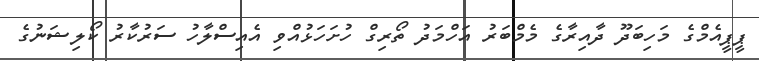
ޕީޕީއެމްގެ މަހިބަދޫ ދާއިރާގެ މެމްބަރު އަހްމަދު ތޯރިގް ހުށަހަޅުއްވި އެއިސްލާހު ސަރުކާރު ކޯލިޝަނުގެ